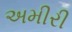
અમીરી